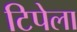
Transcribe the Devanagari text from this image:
टिपेला